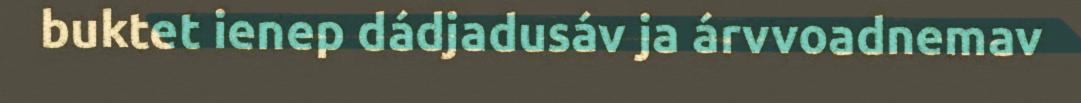
buktet ienep dádjadusáv ja árvvoadnemav